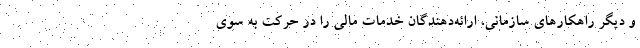
و دیگر راهکارهای سازمانی، ارائه‌دهندگان خدمات مالی را در حرکت به سوی